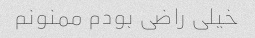
خیلی راضی بودم ممنونم